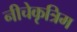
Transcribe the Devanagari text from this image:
नीचेकृत्रिम